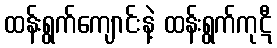
ထန်းရွက်ကျောင်းနဲ့ ထန်းရွက်ကုဋီ